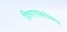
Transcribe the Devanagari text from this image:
विभागाबरोबरच